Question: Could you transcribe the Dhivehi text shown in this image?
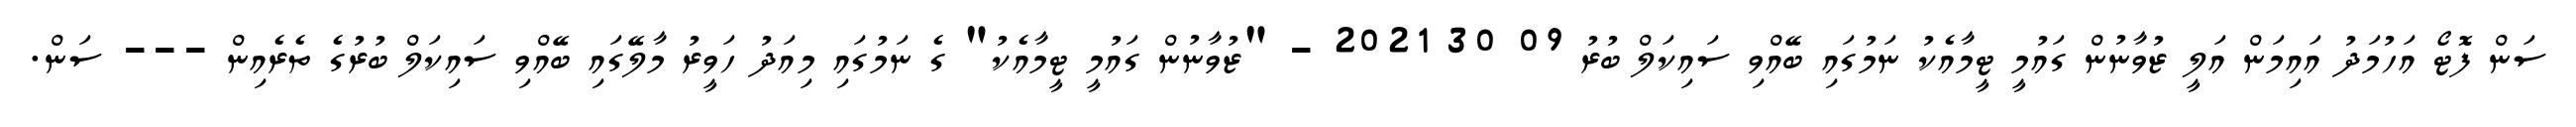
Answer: ސަން ފޮޓޯ އަހުމަދު އައިމަން އަލީ ޒުވާނުން ގައުމީ ޓީމާއެކު ނަމުގައި ބޭއްވި ސައިކަލް ބުރު 09 30 2021 - "ޒުވާނުން ގައުމީ ޓީމާއެކު" ގެ ނަމުގައި މިއަދު ހަވީރު މާލޭގައި ބޭއްވި ސައިކަލް ބުރުގެ ތެރެއިން --- ސަން.